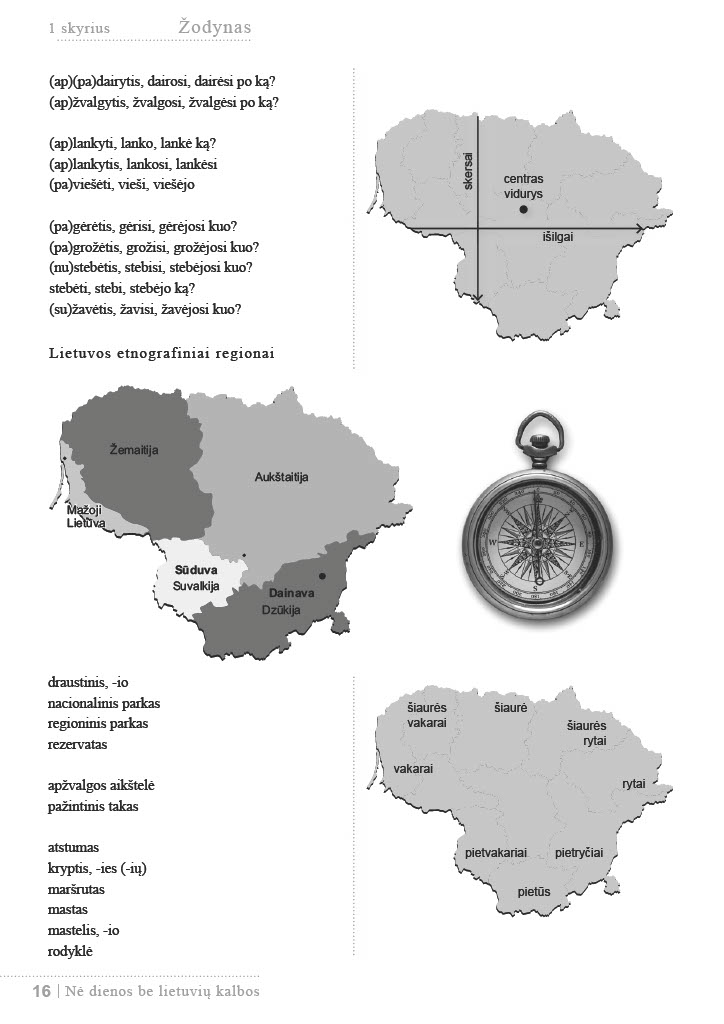
Language: lt